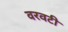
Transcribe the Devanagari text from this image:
वरवटी